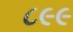
૮૯૯